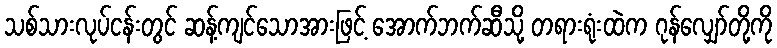
သစ်သားလုပ်ငန်းတွင် ဆန့်ကျင်သောအားဖြင့် အောက်ဘက်ဆီသို့ တရားရုံးထဲက ဂုန်လျှော်တို့ကို